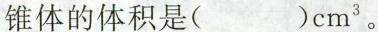
锥体的体积是( )cm^{3}。